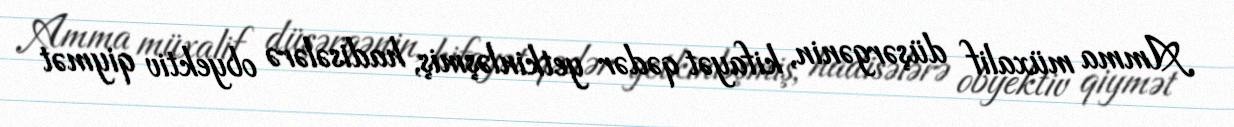
Amma müxalif düşərgənin, kifayət qədər yetkinləşmiş, hadisələrə obyektiv qiymət